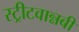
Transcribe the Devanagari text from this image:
स्ट्रीटवान्नबी